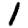
Digit: 1